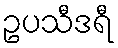
ဥပသီဒရီ